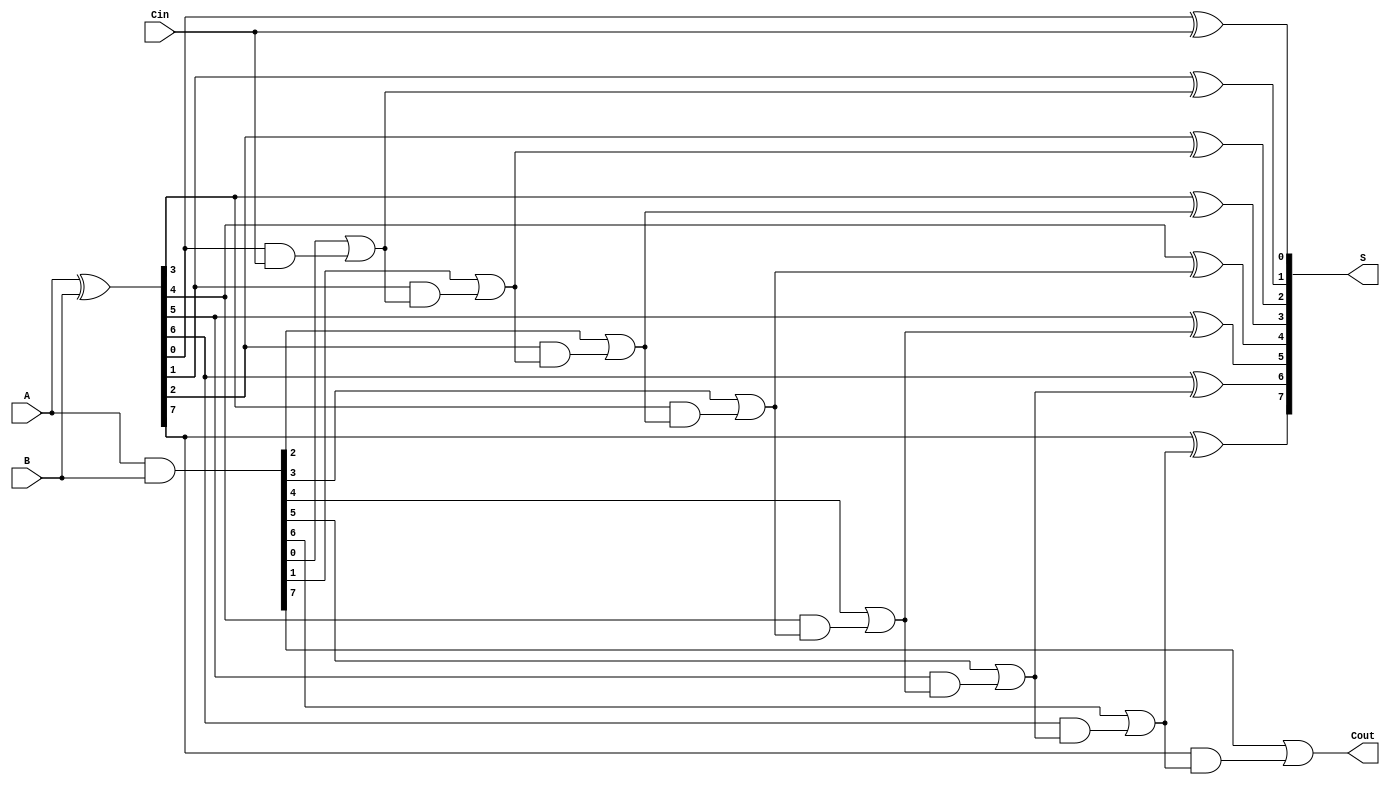
module brent_kung_adder #(parameter N = 8) (
    input  [N-1:0] A,       // First n-bit number
    input  [N-1:0] B,       // Second n-bit number
    input  Cin,             // Carry in
    output [N-1:0] S,       // Sum output
    output Cout             // Carry out
);
    wire [N-1:0] G;         // Generate signals
    wire [N-1:0] P;         // Propagate signals
    wire [N-1:0] C;         // Carry signals

    // Generate and Propagate Signals
    assign G = A & B;       // Generate: G[i] = A[i] AND B[i]
    assign P = A ^ B;       // Propagate: P[i] = A[i] XOR B[i]

    // Level 0 carry (initial carry)
    assign C[0] = Cin;      // C[0] = Cin

    // Carry Generation (Brent-Kung Tree)
    genvar i, j;
    generate
        // Each level of carry generation (log2(N) levels)
        for (i = 1; i < N; i = i + 1) begin: level
            assign C[i] = G[i-1] | (P[i-1] & C[i-1]); // C[i] = G[i-1] OR (P[i-1] AND C[i-1])
        end
    endgenerate

    // Sum Generation
    generate
        for (j = 0; j < N; j = j + 1) begin: sum
            assign S[j] = P[j] ^ C[j]; // S[i] = P[i] XOR C[i]
        end
    endgenerate

    // Carry Out
    assign Cout = G[N-1] | (P[N-1] & C[N-1]); // Final carry out

endmodule